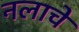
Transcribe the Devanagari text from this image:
नलाचे